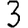
Digit: 3